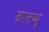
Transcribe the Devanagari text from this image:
वालथ्यू